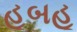
હૂબહૂ